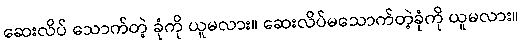
ဆေးလိပ် သောက်တဲ့ ခုံကို ယူမလား။ ဆေးလိပ်မသောက်တဲ့ခုံကို ယူမလား။